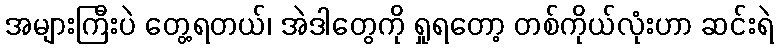
အများကြီးပဲ တွေ့ရတယ်၊ အဲဒါတွေကို ရှုရတော့ တစ်ကိုယ်လုံးဟာ ဆင်းရဲ